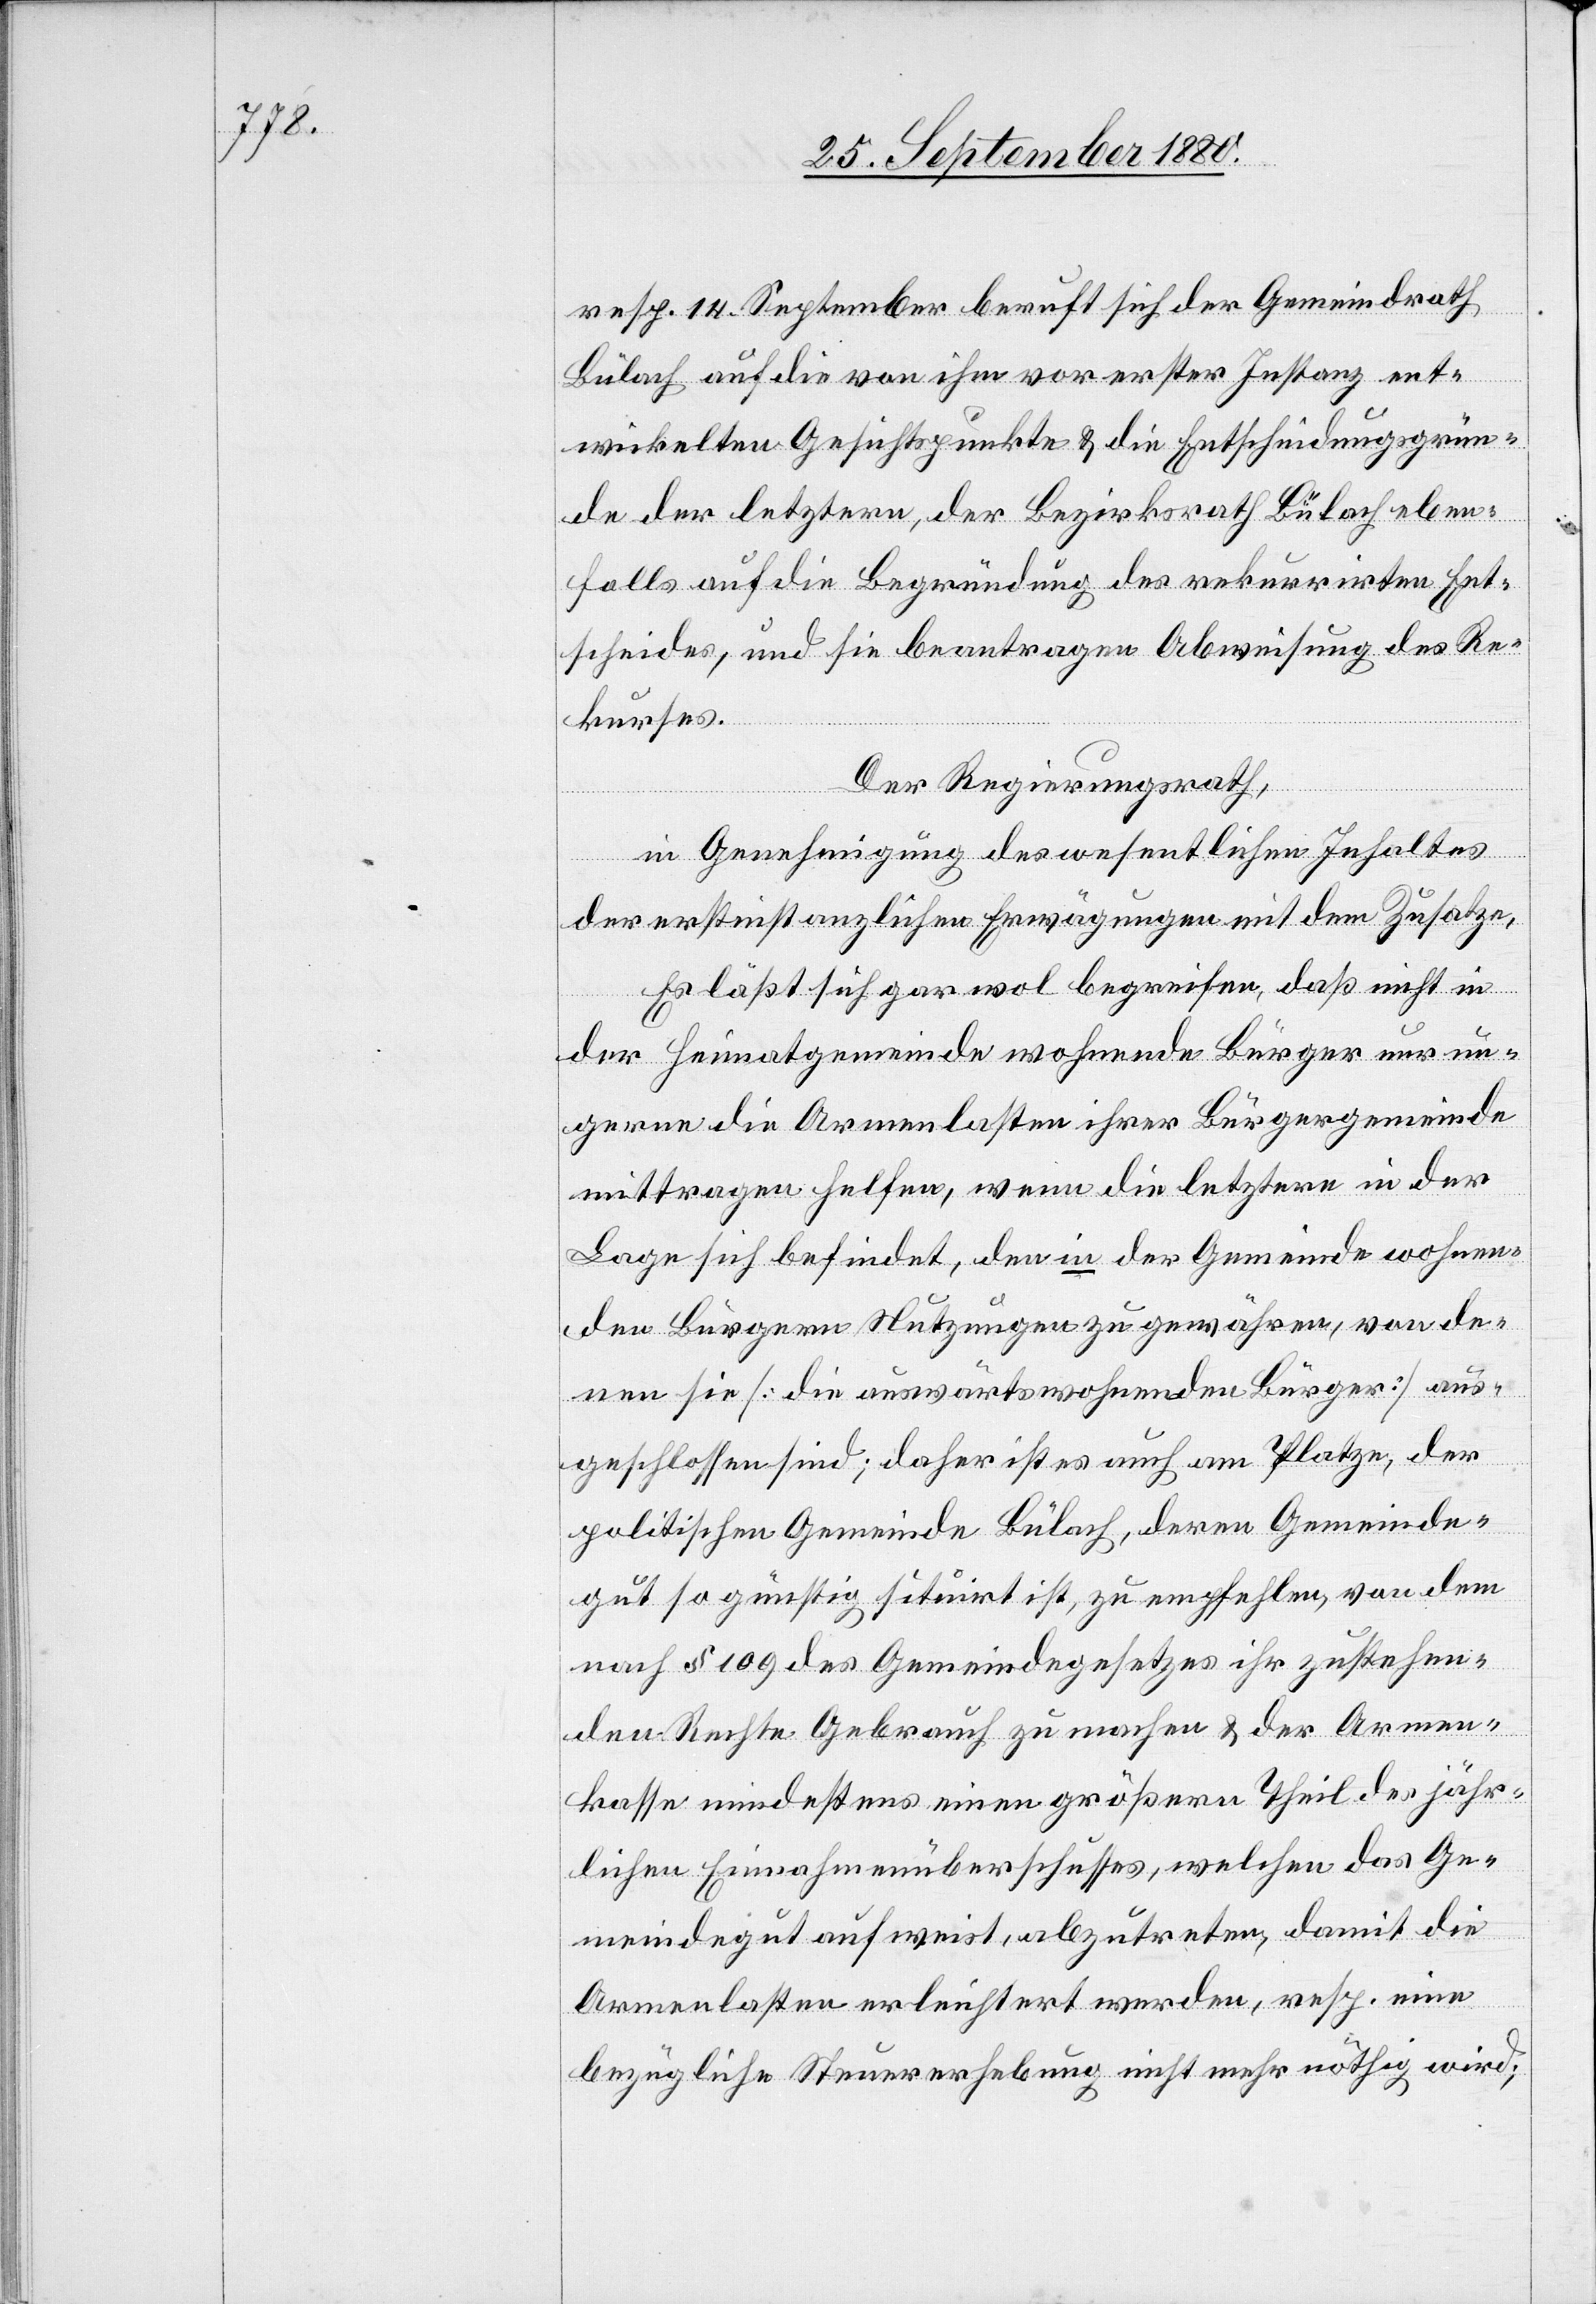
resp. 14. September beruft sich der Gemeindrath
Bülach auf die von ihm vor erster Instanz ent¬
wickelten Gesichtspunkte & die Entscheidungsgrün¬
de der letztern, der Bezirksrath Bülach eben¬
falls auf die Begründung des rekurrirten Ent¬
scheides, und sie beantragen Abweisung des Re¬
kurses.
Der Regierungsrath,
in Genehmigung des wesentlichen Inhaltes
der erstinstanzlichen Erwägungen mit dem Zusatze.
Es läßt sich gar wol bereifen, daß nicht in
der Heimatgemeinde wohnende Bürger nur un¬
gerne die Armenlasten ihrer Bürgergemeinde
mittragen helfen, wenn die letztere in der
Lage sich befindet, den in der Gemeinde wohnen¬
den Bürgern Nutzungen zu gewähren, von de¬
nen sie [die auswärtswohnenden Bürger] aus¬
geschlossen sind; daher ist es auch am Platze, der
politischen Gemeinde Bülach, deren Gemeinde¬
gut so günstig situirt ist, zu empfehlen, von dem
nach § 109 des Gemeindegesetzes ihr zustehen¬
den Rechte Gebrauch zu machen & der Armen¬
kasse mindestens einen größern Theil des jähr¬
lichen Einnahmeüberschusses, welchen das Ge¬
meindegut aufweist, abzutreten, damit die
Armenlasten erleichtert werden, resp. eine
bezügliche Steuererhebung nicht mehr nöthig wird;